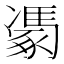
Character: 𮙢